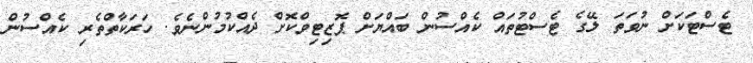
ޓެސްޓަކަށް ނުވަތަ ލޭގެ ޓެސްޓުތައް ކެއްސުން ބައްޔަށް ޕޮޒިޓިވްކޮށް ދެއްކުމުންނެވެ. ހަރަކާތްތެރި ކެއްސުން